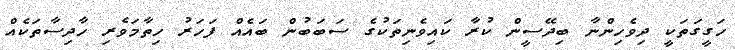
ހަގީގަތަކީ ދިވެހިންނާ ބިދޭސީން ކުރާ ކައިވެނިތަކުގެ ސަބަބުން ބައެއް ފަހަރު ހިތާމަވެރި ހާދިސާތަކެއް